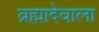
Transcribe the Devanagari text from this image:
ब्रह्मादेवाला